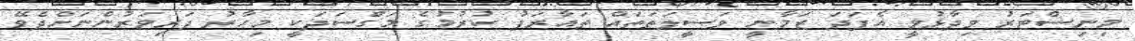
މިނިސްޓަރު ވިދާޅުވީ އެފަދަ ޒަމާނީ ވަސީލަތަތައް ތައާރަފު ކުރުމުގެ މަގްސަދަކީ މިހާރު ދަރިވަރުންނަށްދެވޭ